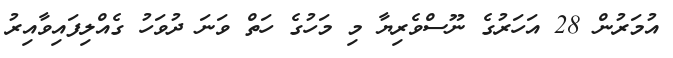
އުމަރުން 28 އަހަރުގެ ނޫސްވެރިޔާ މި މަހުގެ ހަތް ވަނަ ދުވަހު ގެއްލިފައިވާއިރު